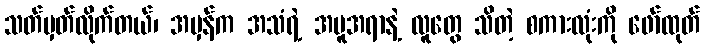
သတ်မှတ်လိုက်တယ်၊ အမှန်က အသံရဲ့ အမူအရာနဲ့ လူတွေ သိတဲ့ စကားလုံးကို ဖော်ထုတ်